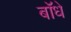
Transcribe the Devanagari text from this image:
बॉधे